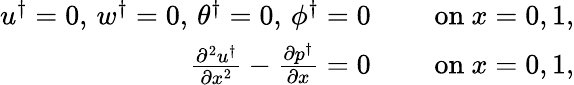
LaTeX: \begin{array}{rl}{u^{\dagger}=0,\, w^{\dagger}=0,\, \theta^{\dagger}=0,\, \phi^{\dagger}=0\quad}&{\mathrm{~on~}x=0,1,}\\ {\frac{\partial^{2}u^{\dagger}}{\partial x^{2}}-\frac{\partial p^{\dagger}}{\partial x}=0\quad}&{\mathrm{~on~}x=0,1,}\end{array}